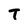
Character: T